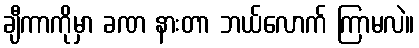
ချီကာကိုမှာ ခဏ နားတာ ဘယ်လောက် ကြာမလဲ။